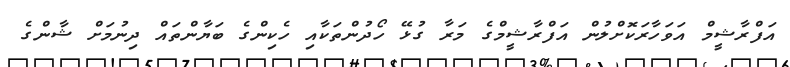
އަފްރާޝީމް އަވަހާރަކޮށްލުން އަފްރާޝީމްގެ މަރާ ގުޅޭ ހޯދުންތަކާއި ހެކިންގެ ބަޔާންތައް ދިނުމަށް ޝާންގެ